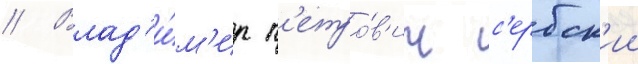
// Влад'и́м'ир п'етро́в'ич с'ербск'ии